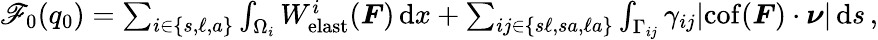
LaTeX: \begin{array}{r}{\mathscr{F}_{0}(q_{0})=\sum_{i\in\{ s,\ell,a\} }\int_{\Omega_{i}}W_{\mathrm{elast}}^{i}(\boldsymbol{F})\, \mathrm{d}x+\sum_{ij\in\{ s\ell,sa,\ell a\} }\int_{\Gamma_{ij}}\gamma_{ij}|\mathrm{cof}(\boldsymbol{F})\cdot\boldsymbol{\nu}|\, \mathrm{d}s\, ,}\end{array}